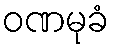
ဝဏမုခံ